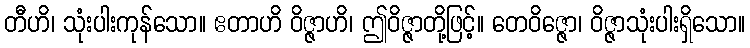
တီဟိ၊ သုံးပါးကုန်သော။ ဧတာဟိ ဝိဇ္ဇာဟိ၊ ဤဝိဇ္ဇာတို့ဖြင့်။ တေဝိဇ္ဇော၊ ဝိဇ္ဇာသုံးပါးရှိသော။